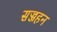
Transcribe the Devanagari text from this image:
सज्जहन